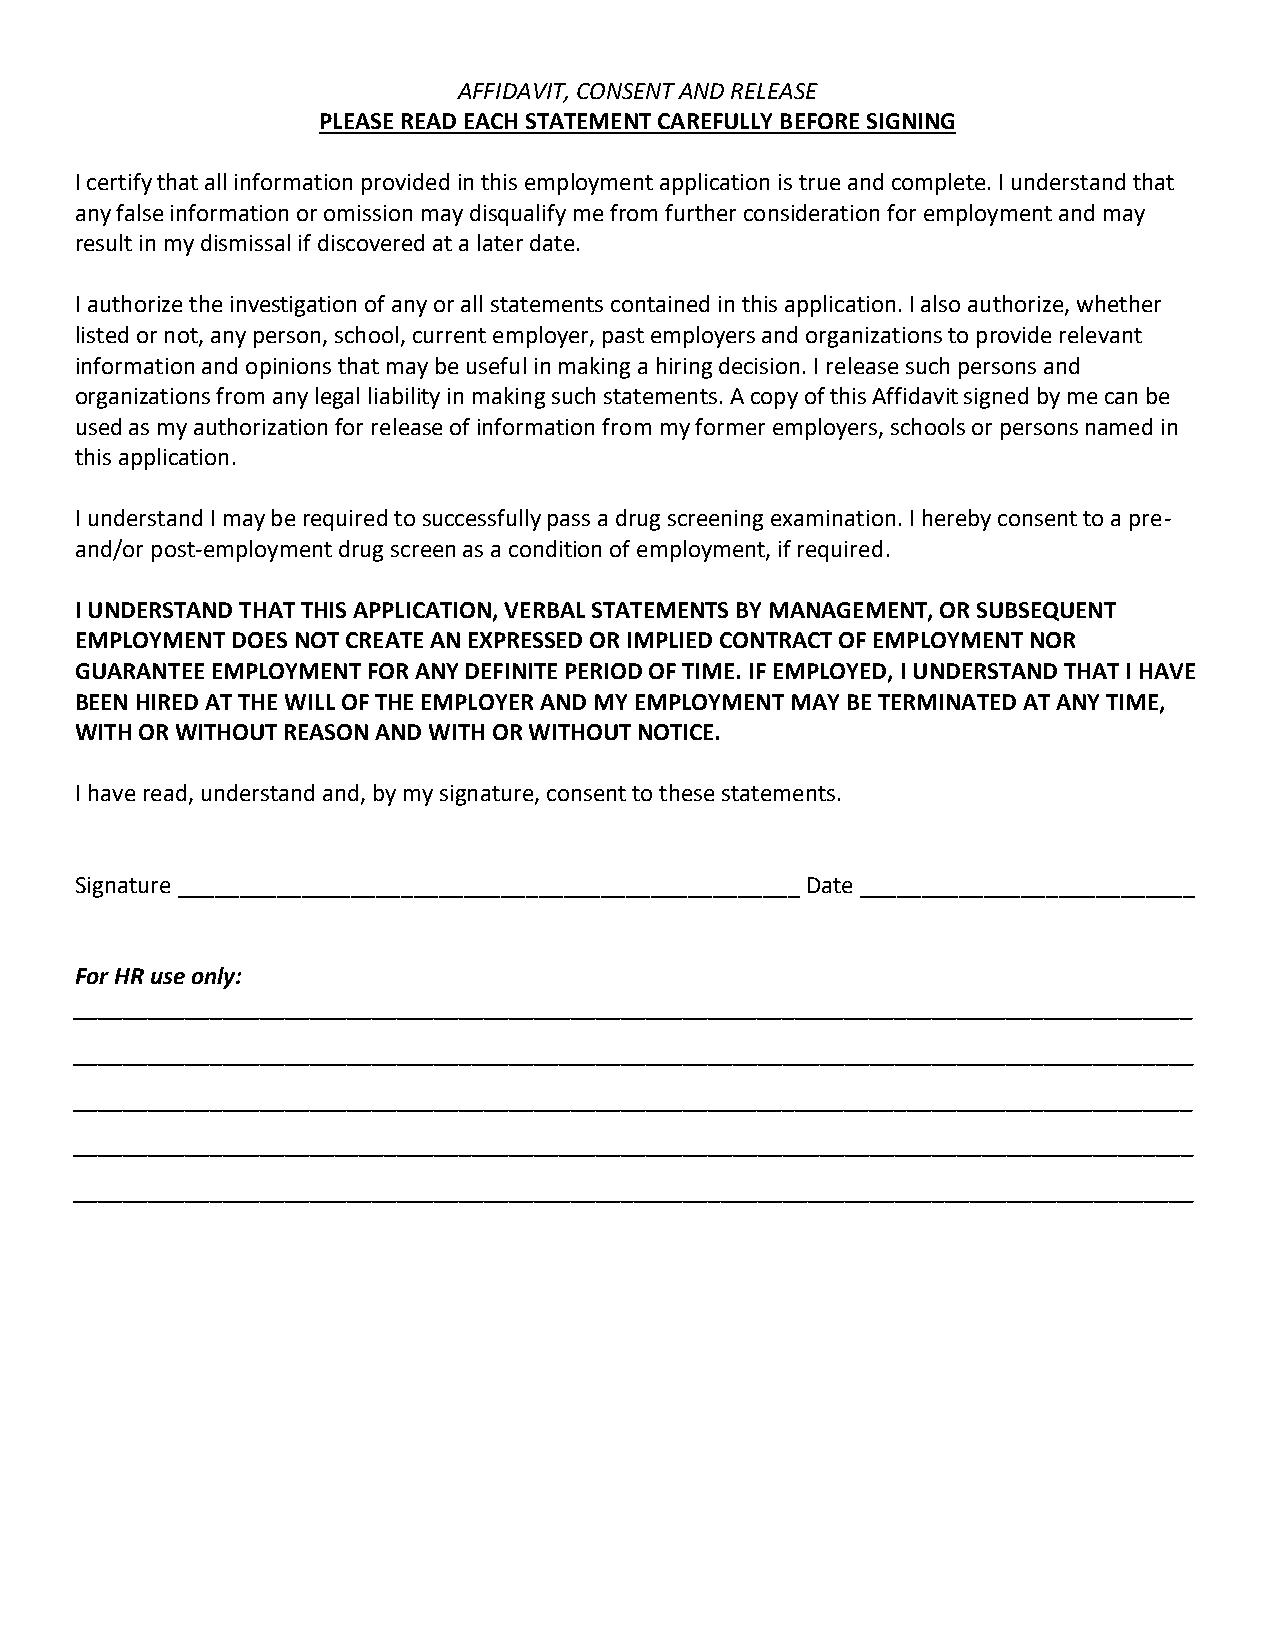
AFFIDAVIT, CONSENT AND RELEASE
 PLEASE READ EACH STATEMENT CAREFULLY BEFORE SIGNING
 I certify that all information provided in this employment application is true and complete. I understand that
 any false information or omission may disqualify me from further consideration for employment and may
 result in my dismissal if discovered at a later date.
 I authorize the investigation of any or all statements contained in this application. I also authorize, whether
 listed or not, any person, school, current employer, past employers and organizations to provide relevant
 information and opinions that may be useful in making a hiring decision. I release such persons and
 organizations from any legal liability in making such statements. A copy of this Affidavit signed by me can be
 used as my authorization for release of information from my former employers, schools or persons named in
 this application.
 I understand I may be required to successfully pass a drug screening examination. I hereby consent to a pre-
 and/or post-employment drug screen as a condition of employment, if required.
 I UNDERSTAND THAT THIS APPLICATION, VERBAL STATEMENTS BY MANAGEMENT, OR SUBSEQUENT
 EMPLOYMENT DOES NOT CREATE AN EXPRESSED OR IMPLIED CONTRACT OF EMPLOYMENT NOR
 GUARANTEE EMPLOYMENT FOR ANY DEFINITE PERIOD OF TIME. IF EMPLOYED, I UNDERSTAND THAT I HAVE
 BEEN HIRED AT THE WILL OF THE EMPLOYER AND MY EMPLOYMENT MAY BE TERMINATED AT ANY TIME,
 WITH OR WITHOUT REASON AND WITH OR WITHOUT NOTICE.
 I have read, understand and, by my signature, consent to these statements.
 Signature __________________________________________________ Date ___________________________
 For HR use only:
 __________________________________________________________________________________________
 __________________________________________________________________________________________
 __________________________________________________________________________________________
 __________________________________________________________________________________________
 __________________________________________________________________________________________